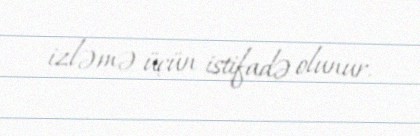
izləmə üçün istifadə olunur.